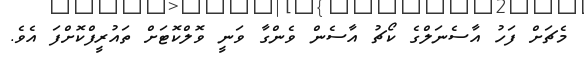
މެޗަށް ފަހު އާސެނަލްގެ ކޯޗު އާސެން ވެންގާ ވަނީ ވޮލްކޮޓަށް ތައުރީފްކޮށްފަ އެވެ.